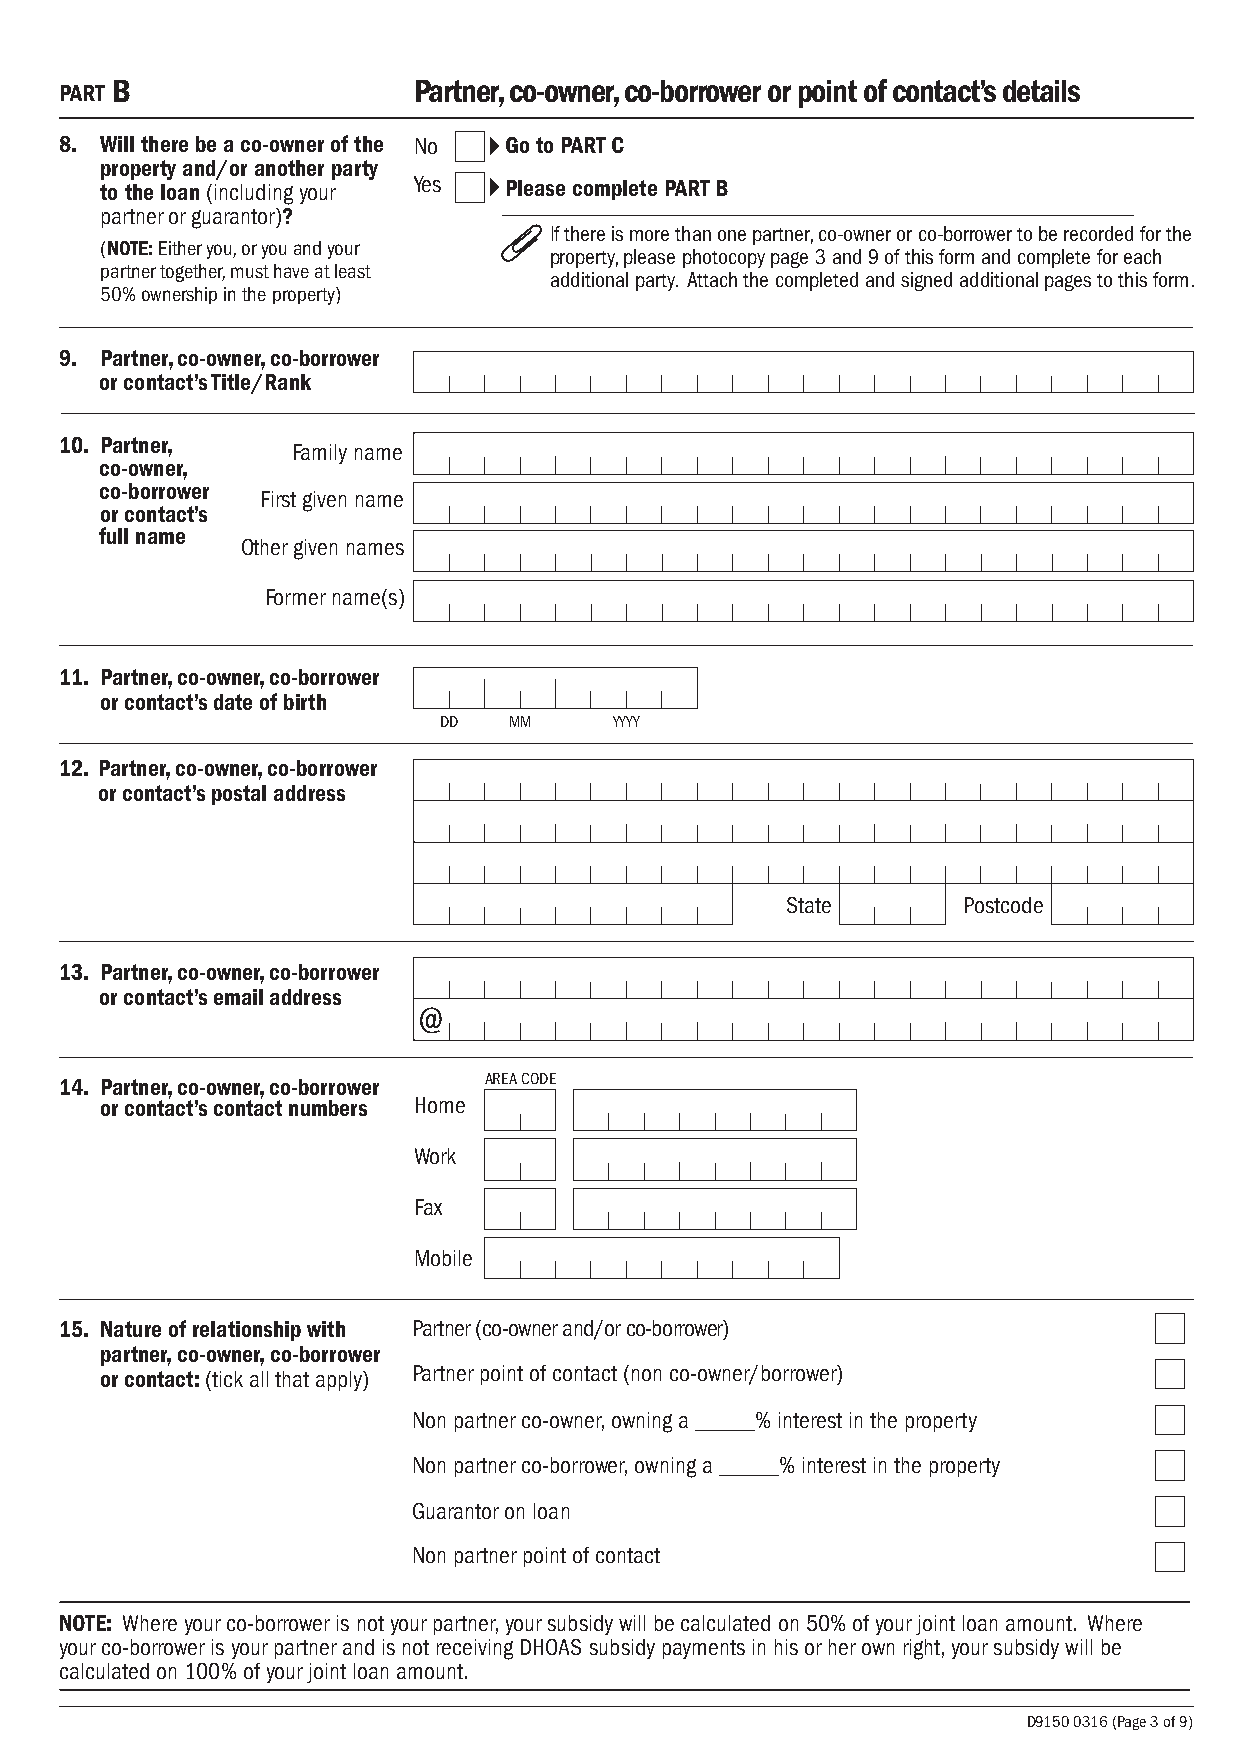
PART
 B                   Partner, co-owner, co-borrower or point of contact’s details
 8. Will there be a co-owner of the No Go to PART C
 property and/or another party
 to the loan (including your Yes Please complete PART B
 partner or guarantor)?
 If there is more than one partner, co-owner or co-borrower to be recorded for the
 (NOTE: Either you, or you and your
 property, please photocopy page 3 and 9 of this form and complete for each
 partner together, must have at least
 additional party. Attach the completed and signed additional pages to this form.
 50% ownership in the property)
 9. Partner, co-owner, co-borrower
 or contact’s Title/Rank
 10. Partner,
 Family name
 co-owner,
 co-borrower
 First given name
 or contact’s
 full name
 Other given names
 Former name(s)
 11. Partner, co-owner, co-borrower
 or contact’s date of birth
 DD   MM     YYYY
 12. Partner, co-owner, co-borrower
 or contact’s postal address
 State       Postcode
 13. Partner, co-owner, co-borrower
 or contact’s email address
 @
 14. Partner, co-owner, co-borrower AREA CODE
 or contact’s contact numbers Home
 Work
 Fax
 Mobile
 15. Nature of relationship with Partner (co-owner and/or co-borrower)
 partner, co-owner, co-borrower
 or contact: (tick all that apply) Partner point of contact (non co-owner/borrower)
 Non partner co-owner, owning a _____% interest in the property
 Non partner co-borrower, owning a _____% interest in the property
 Guarantor on loan
 Non partner point of contact
 NOTE: Where your co-borrower is not your partner, your subsidy will be calculated on 50% of your joint loan amount. Where
 your co-borrower is your partner and is not receiving DHOAS subsidy payments in his or her own right, your subsidy will be
 calculated on 100% of your joint loan amount.
 D9150 0316 (Page 3 of 9)